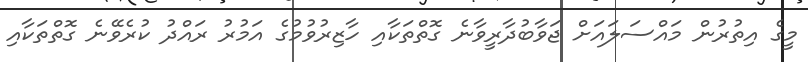
މީގެ އިތުުރުން މައްސަލައަށް ޖަވާބުދާރީވާނެ ގޮތްތަކާއި ހާޒިރުވުމުގެ އަމުރު ރައްދު ކުރެވޭނެ ގޮތްތަކާއި